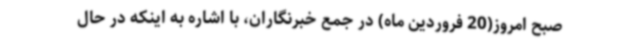
صبح امروز(20 فروردین ماه) در جمع خبرنگاران، با اشاره به اینکه در حال